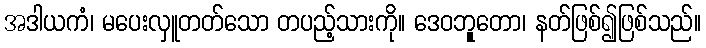
အဒါယကံ၊ မပေးလှူတတ်သော တပည့်သားကို။ ဒေဝဘုူတော၊ နတ်ဖြစ်၍ဖြစ်သည်။